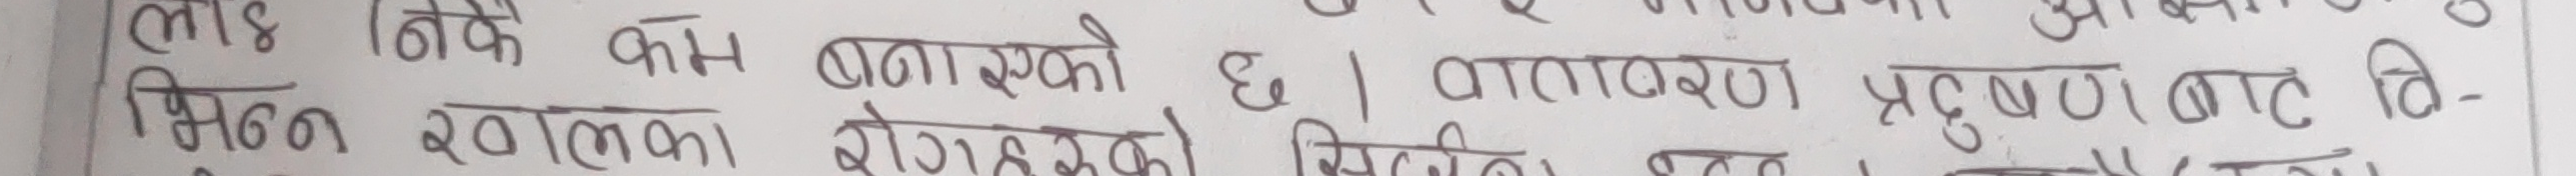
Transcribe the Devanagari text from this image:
लामो छोकि काम बनाएको छ। वातावरण प्रदुषण बाट वि-
भिन्न खालका रोगहरुको सिर्जना भएको छ।